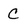
Character: C